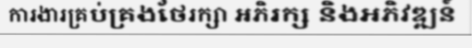
ការងារគ្រប់គ្រងថែរក្សា អភិរក្ស និងអភិវឌ្ឍន៍